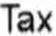
TAX